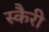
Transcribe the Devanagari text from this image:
स्कैरी